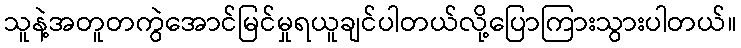
သူနဲ့အတူတကွဲအောင်မြင်မှုရယူချင်ပါတယ်လို့ပြောကြားသွားပါတယ်။